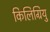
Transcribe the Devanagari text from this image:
किलिग्रियु